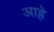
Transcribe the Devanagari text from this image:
आह्रे